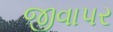
જીવાપર